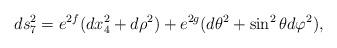
LaTeX: \begin{align*}ds_{7}^2 = e^{2f}(dx_{4}^2 + d\rho^2) + e^{2g}(d\theta^2 + \sin^{2}\theta d\varphi^2),\end{align*}